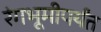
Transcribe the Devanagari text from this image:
रंगभूमीपर्यंत